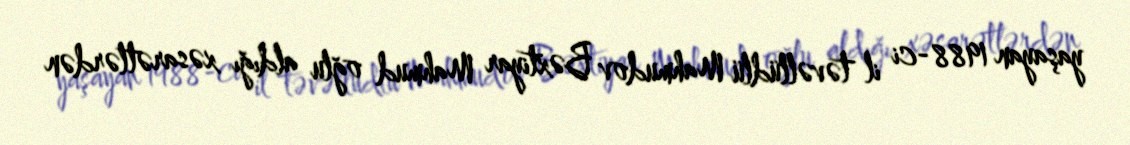
yaşayan 1988-ci il təvəllüdlü Mahmudov Bəxtiyar Mahmud oğlu aldığı xəsarətlərdən